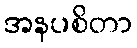
အနပစိတာ